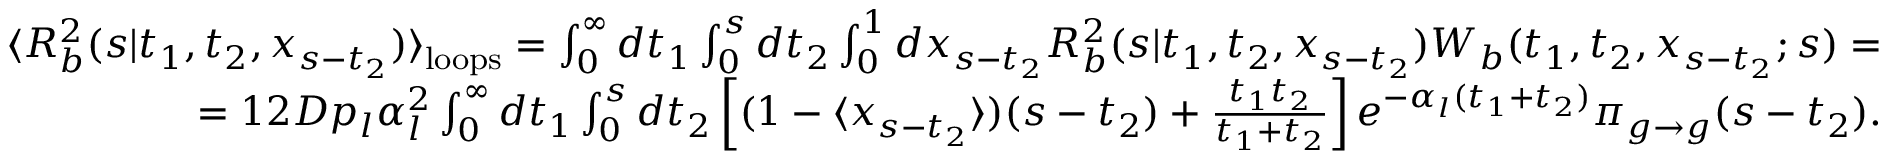
\begin{array} { r } { \langle { \cal R } _ { b } ^ { 2 } ( s | t _ { 1 } , t _ { 2 } , x _ { s - t _ { 2 } } ) \rangle _ { \mathrm { l o o p s } } = \int _ { 0 } ^ { \infty } d t _ { 1 } \int _ { 0 } ^ { s } d t _ { 2 } \int _ { 0 } ^ { 1 } d x _ { s - t _ { 2 } } { \cal R } _ { b } ^ { 2 } ( s | t _ { 1 } , t _ { 2 } , x _ { s - t _ { 2 } } ) { \cal W } _ { b } ( t _ { 1 } , t _ { 2 } , x _ { s - t _ { 2 } } ; s ) = } \\ { = 1 2 D p _ { l } \alpha _ { l } ^ { 2 } \int _ { 0 } ^ { \infty } d t _ { 1 } \int _ { 0 } ^ { s } d t _ { 2 } \left[ ( 1 - \langle x _ { s - t _ { 2 } } \rangle ) ( s - t _ { 2 } ) + \frac { t _ { 1 } t _ { 2 } } { t _ { 1 } + t _ { 2 } } \right] e ^ { - \alpha _ { l } ( t _ { 1 } + t _ { 2 } ) } \pi _ { g \to g } ( s - t _ { 2 } ) . } \end{array}